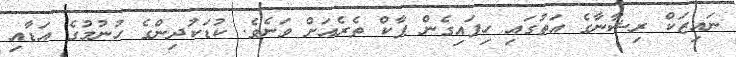
ނައިޒަކް ރިޝާނާގެ އަތުގައި ހިފައިގެން ޕާކް ތެރެއަށް ވަނެވެ. ކުޑަކުދިންގެ ހުނުމުގެ އަޑާއި